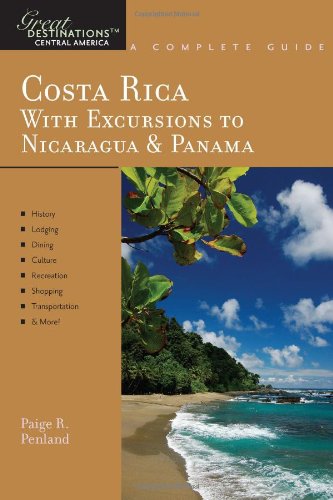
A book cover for Great Destinations Costa Rica: With Excursions to Nicaragua & Panama; Paige R. Penland; Travel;